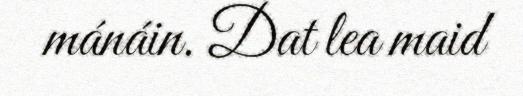
mánáin. Dat lea maid